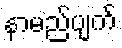
နာမည်ပျက်